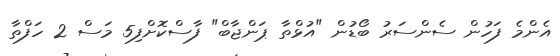
އެންމެ ފަހުން ސެންސަރު ބޯޑުން "އުޅްތާ ޕަންޖާބް" ފާސްކޮށްފި5 މަސް 2 ހަފްތާ